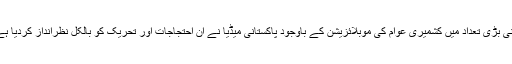
اتنی بڑی تعداد میں کشمیری عوام کی موبلائزیشن کے باوجود پاکستانی میڈیا نے ان احتجاجات اور تحریک کو بالکل نظرانداز کردیا ہے۔